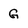
Character: G